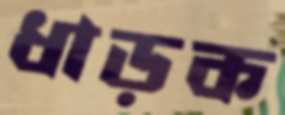
ধাড়ক